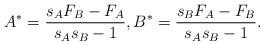
LaTeX: \begin{align*} A^*=\frac{ s_{A} F_ B - F_ A}{s_{A}s_{B}-1}, B^*=\frac{ s_{B} F_ A - F_ B}{s_{A}s_{B}-1}. \end{align*}